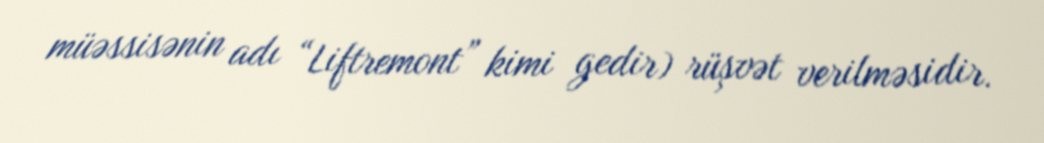
müəssisənin adı “Liftremont” kimi gedir) rüşvət verilməsidir.